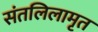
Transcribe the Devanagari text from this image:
संतलिलामृत